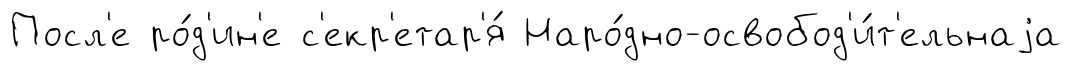
Посл'е ро́д'ин'е с'екр'етар'я́ Наро́дно-освобод'и́т'ельнаjа